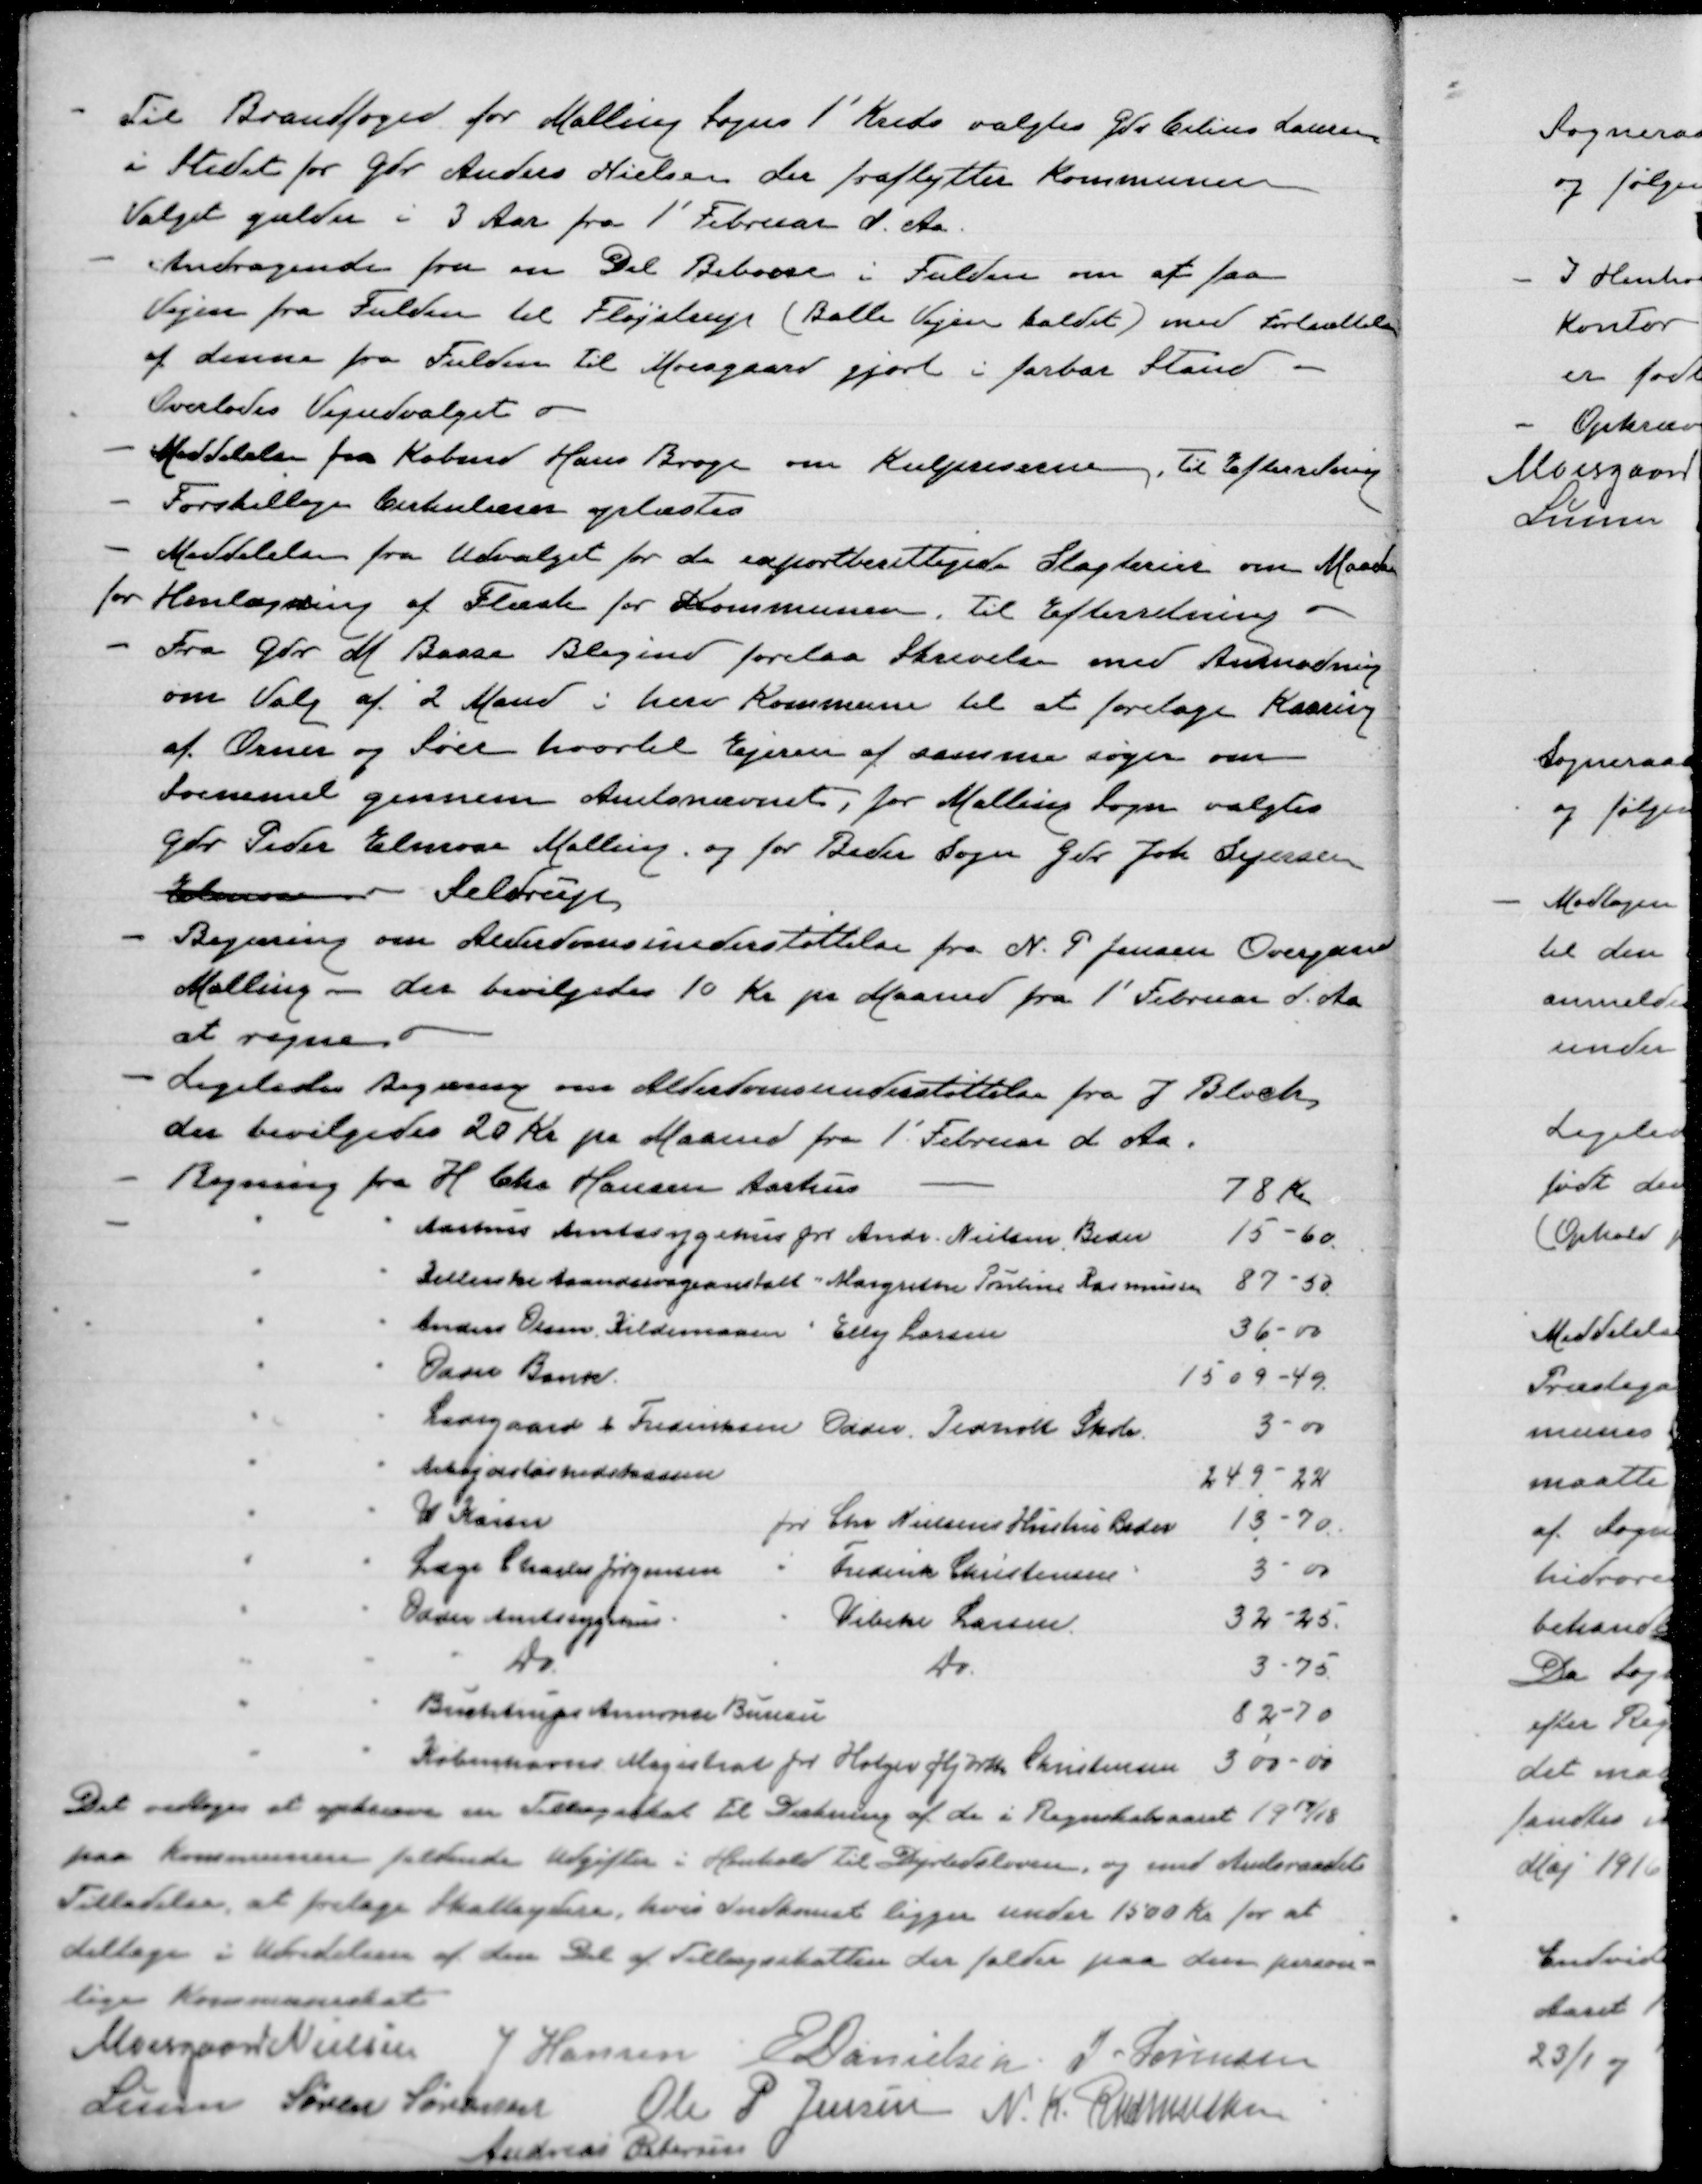
Transskription:
Til Brandfoged for Malling Sogns 1' Kreds valgtes Gdr Cilius Lausen
i stedet for Gdr Anders Nielsen der fraflytter Kommunen
Valget gælder i 3 Aar fra 1' Februar d. Aa
Andragende fra en Del Beboere i Fulden om at faa
Vejen fra Fulden til Fløjstrup (Balle Vejen kaldet)med Fortsættelse
af denne fra Fulden til Moesgaard gjort i farbar Stand
Overlodes Vejudvalget
Meddelelse fra Købmd Hans Broge om Kulpriserne. Til Efterretning
Forskellige Cirkulærer oplæstes
Meddelelse fra Udvalget for de exportberettigede Slagterier om Maader
for Henlægning af Flæsk for Kommunen, Til Efterretning
Fra Gdr M Basse Blegind forelaa Skrivelse med Anmodning
om Valg af 2 Mand i herv Kommune til at foretage Kaaring
af Orner og Søer hvortil Ejeren af samme søger om
 gennem Amtsnævnet, for Malling Sogn valgtes
Gdr Peder Elmose Malling og for Beder Sogn Gdr Joh Sejersen
Elmose Seldrup
Begæring om Alderdomsunderstøttelse fra N. P Jensen Overgaard
Malling - der bevilgedes 10 Kr pr Maaned fra 1 Februar d. Aa
at regne
Ligeledes Begæring om Alderdomsunderstøttelse fra J Bloch,
der bevilgedes 20 Kr pr Maaned fra 1. Februar d Aa.
Regning fra H.Chr  Hansen Aarhus
78 Kr
" " Aarhus Amtssygehus for Andr Nielsen Beder 15,60
" " Kellerske Aandssvageanstalt  "Margrethe Pauline Rasmussen 87-50
" " Anders Olsen Kildemosen " Elly Larsen
36-00
" " Odder Bank
1509-49
" " Ladegaard og Frederiksen Odder Pedholt Skole
3-00
" " Arbejdsløshedskassen
249-22
" " Ib Kaiser
for Chr Nielsens Hustru Beder
13-70
" " Læge Charles Jørgensen " Frederik Christensen
3-00
" " Odder Amtssygehus
" Vibeke Larsen
32-25
" " " Do
"
Do
3-75
" " Buchtrups Annonce Bureau
82-70
" " Københavns Magistrat for Holger Hjorth Christensen 300-00
Det vedtoges at opkræve en Tillægsskat til Dækning af af de i Regnskabsaaret 1917/18
paa Kommunens faldende Udgifter i Henhold til Dyrtidsloven og med Amtsraadets
Tilladelse, at fritage Skatteydere, hvis Indkomst ligger under 1500Kr for at
deltage i Udredelsen af den Del af Tillægsskatten der falder paa deres person=
lige Kommuneskat.
Moesgaard Nielsen J Hansen E.Danielsen J Sørensen
Lunn Søren Sørensen
Ole P. Jensen N.K.Rasmussen
Andreas Petersen